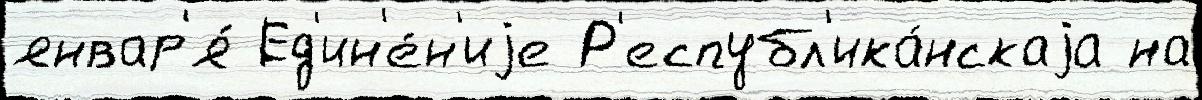
январ'я́ Ед'ин'е́н'иjе Р'еспубл'ика́нскаjа на